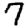
Digit: 7